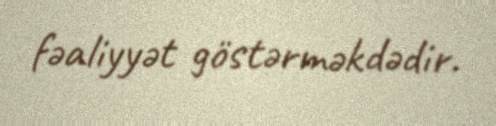
fəaliyyət göstərməkdədir.